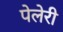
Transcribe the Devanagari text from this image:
पेलेरी